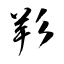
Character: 羏